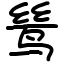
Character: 鸶